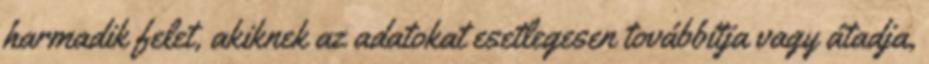
harmadik felet, akiknek az adatokat esetlegesen továbbítja vagy átadja,